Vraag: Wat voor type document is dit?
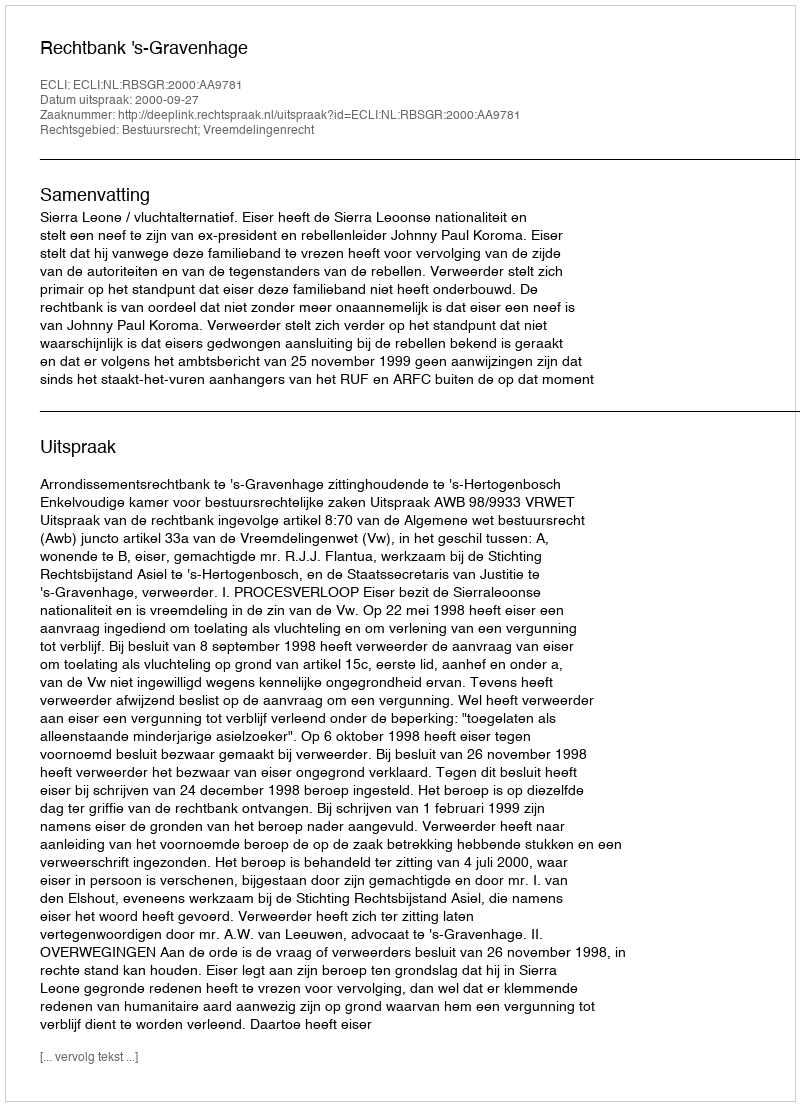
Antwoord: Uitspraak